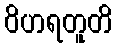
ဝိဟရတူတိ